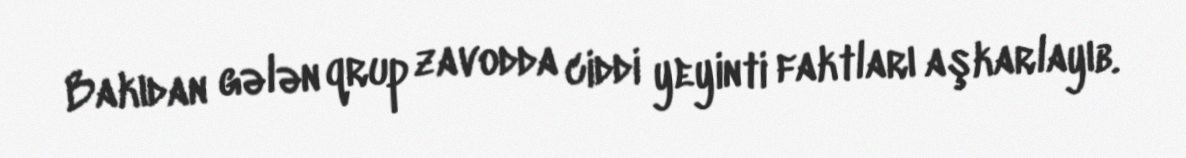
Bakıdan gələn qrup zavodda ciddi yeyinti faktları aşkarlayıb.